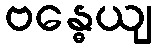
ဗန္ဓေယျ